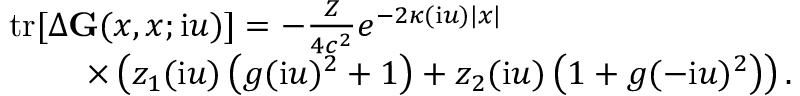
\begin{array} { r } { \mathrm { t r } [ \Delta \ensuremath { \mathbf { G } } ( x , x ; \ensuremath { \mathrm { i } } u ) ] = - \frac { Z } { 4 c ^ { 2 } } e ^ { - 2 \kappa ( \ensuremath { \mathrm { i } } u ) | x | } \phantom { x x x x x x x x x x x x x x x } } \\ { \times \left( z _ { 1 } ( \ensuremath { \mathrm { i } } u ) \left( g ( \ensuremath { \mathrm { i } } u ) ^ { 2 } + 1 \right) + z _ { 2 } ( \ensuremath { \mathrm { i } } u ) \left( 1 + g ( - \ensuremath { \mathrm { i } } u ) ^ { 2 } \right) \right) . } \end{array}